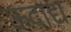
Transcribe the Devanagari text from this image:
ऊदाद्य